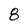
Character: 8